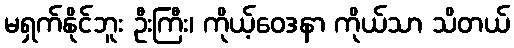
မရှက်နိုင်ဘူး ဦးကြီး၊ ကိုယ့်ဝေဒနာ ကိုယ်သာ သိတယ်